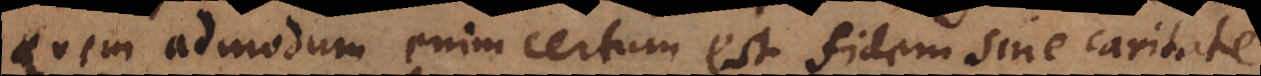
Quemadmodum enim certum est fidem sine caritate